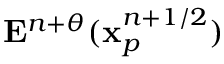
\mathbf { E } ^ { n + \theta } ( \mathbf { x } _ { p } ^ { n + 1 / 2 } )